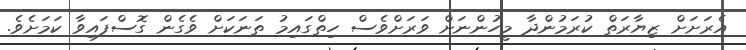
އެރަށަށް ޒިޔާރަތް ކުރަމުންދާ މީހުންނަށް ވަރަށްވެސް ހިތްގައިމު ތަނަކަށް ވެގެން ގޮސްފައިވާ ކަމަށެވެ.